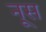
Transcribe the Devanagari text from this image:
नूस